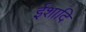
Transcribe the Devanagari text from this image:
ईशादि